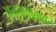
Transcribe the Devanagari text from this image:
अनुभवांबाबत